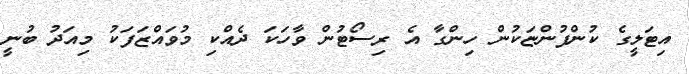
އިޓަލީގެ ކުންފުންޏަކުން ހިންގާ އެ ރިސޯޓުން ވާހަކަ ދެއްކި މުުވައްޒަފަކު މިއަދު ބުނީ